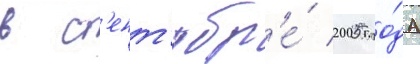
в с'ент'ябр'е́ 2005 го́да